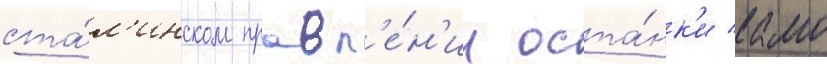
ста́л'инском правл'е́н'ии оста́нк'и камо